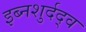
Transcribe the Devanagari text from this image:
इब्नशुर्दद्व